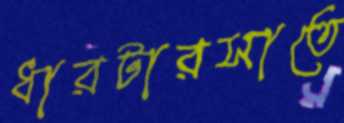
ধারটারসাতে